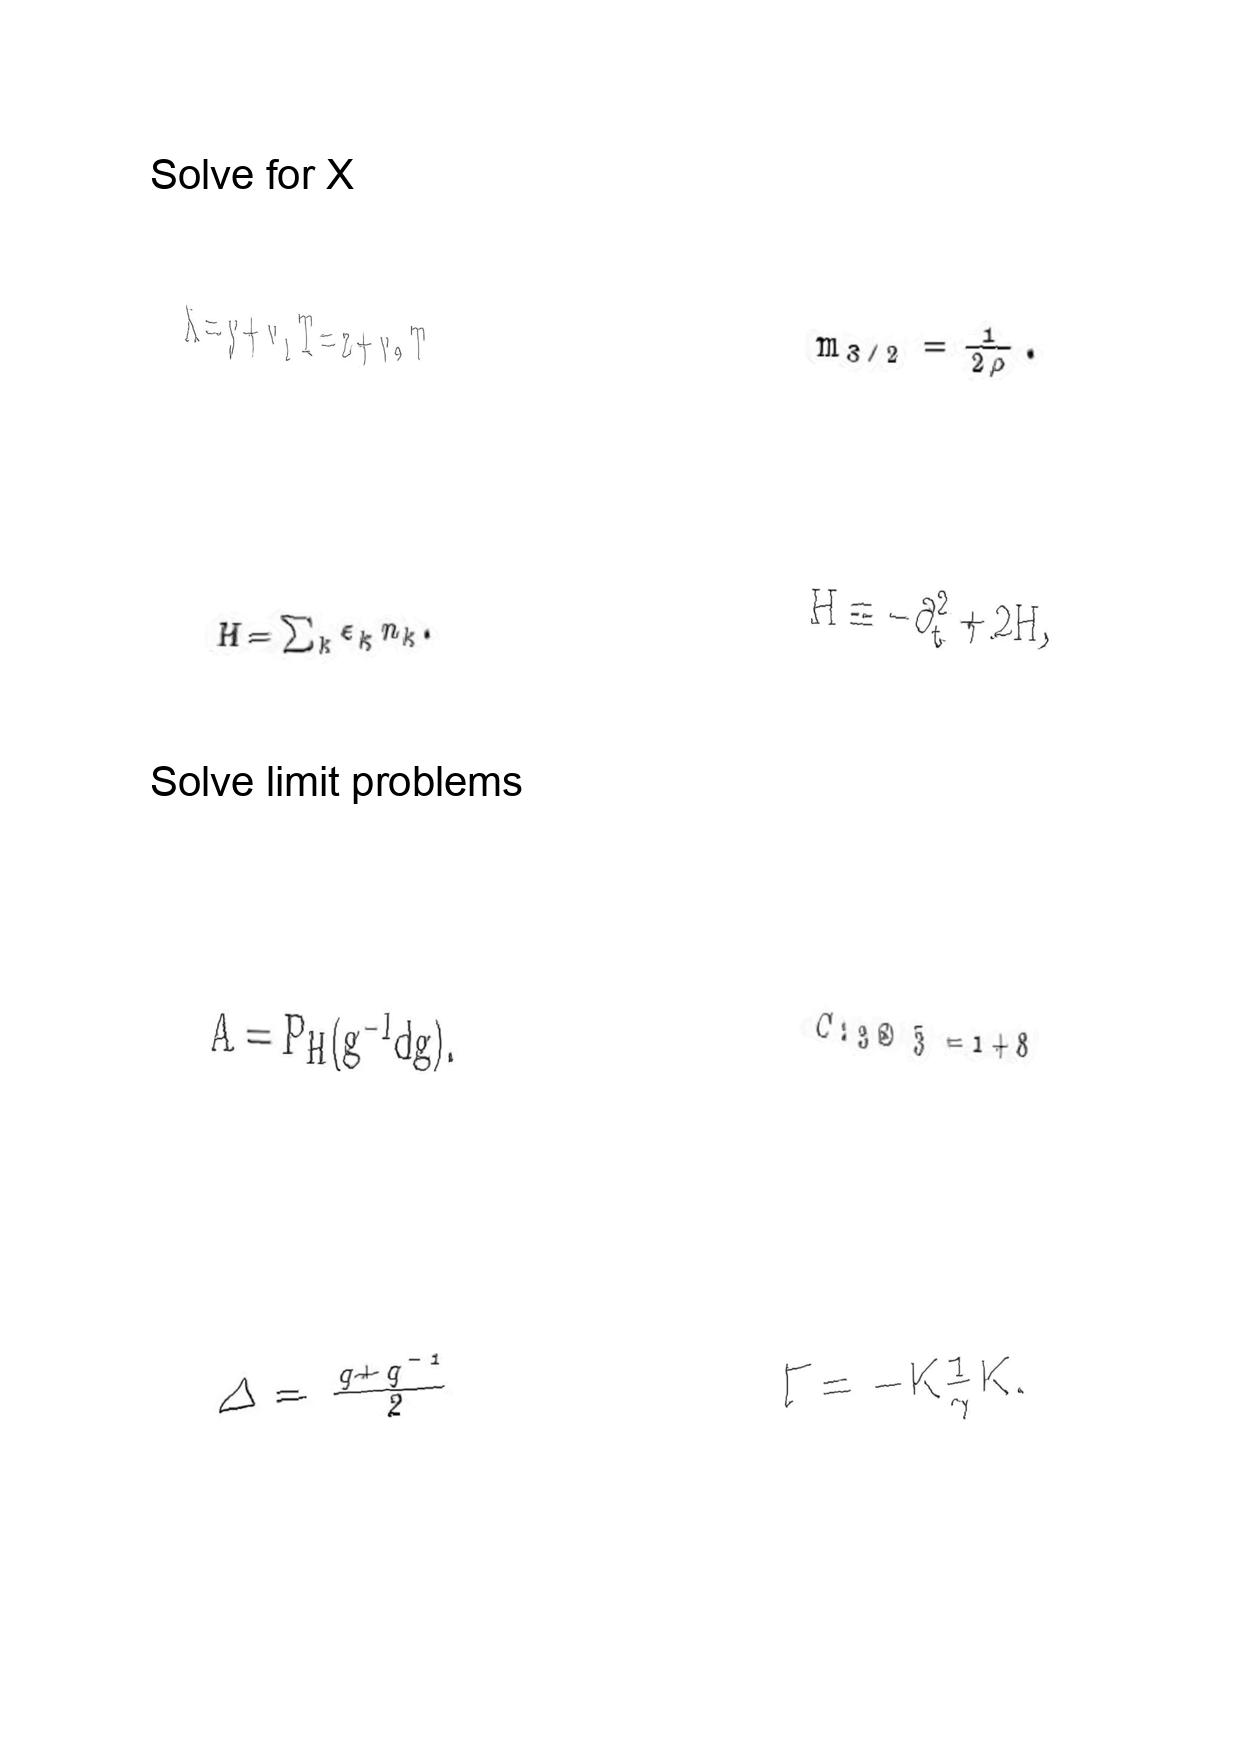
LaTeX transcription:
X = y + v _ { 1 } T = z + v _ { 2 } T
H = \sum _ { k } \epsilon _ { k } n _ { k } .
A = P _ { H } \lparen g ^ { - 1 } d g \rparen .
\Delta = \frac { q + q ^ { - 1 } } { 2 }
m _ { 3 / 2 } = \frac { 1 } { 2 \rho } .
H \equiv - \partial _ { t } ^ { 2 } + 2 H ,
C : 3 \otimes \bar { 3 } = 1 + 8
\Gamma = - K \frac { 1 } { \gamma } K .